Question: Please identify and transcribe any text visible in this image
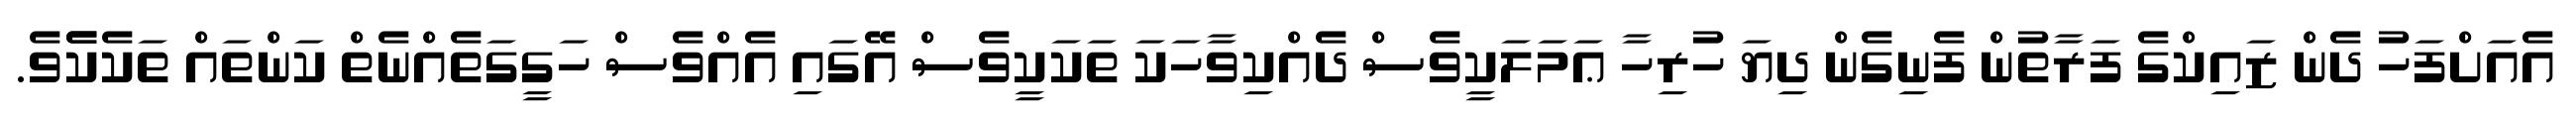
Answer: އެއަށްފަހު ދެން ޒައިކްގެ ފަރާތުން ފެނިގެން ދިޔަ ހުރިހާ ޢަމަލަކީވެސް ދެއްކިވާހަކަ ތަކަކީވެސް އޭގައި އެއްވެސް ހަގީގަތެއްނެތް ކަންތައް ތަކެކެެވެ.